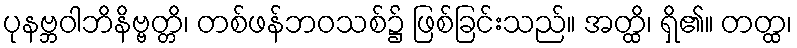
ပုနဗ္ဘဝါဘိနိဗ္ဗတ္တိ၊ တစ်ဖန်ဘဝသစ်၌ ဖြစ်ခြင်းသည်။ အတ္ထိ၊ ရှိ၏။ တတ္ထ၊